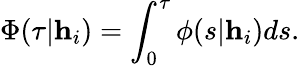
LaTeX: \Phi(\tau|\textbf{h}_{i})=\int_{0}^{\tau}\phi(s|\textbf{h}_{i})ds.